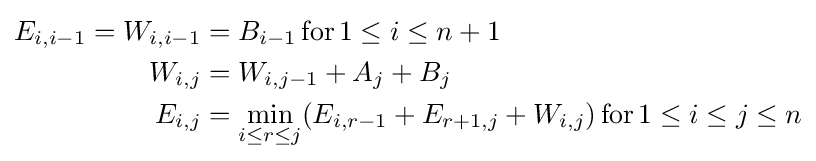
{\begin{aligned}E_{i,i-1}=W_{i,i-1}&=B_{i-1}\operatorname {for} 1\leq i\leq n+1\\W_{i,j}&=W_{i,j-1}+A_{j}+B_{j}\\E_{i,j}&=\min _{i\leq r\leq j}(E_{i,r-1}+E_{r+1,j}+W_{i,j})\operatorname {for} 1\leq i\leq j\leq n\end{aligned}}